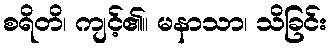
စရိတိ၊ ကျင့်၏။ မနာသာ၊ သိခြင်း